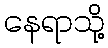
နေရာသို့